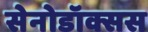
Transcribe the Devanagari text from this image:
सेनोडॉक्सस